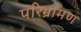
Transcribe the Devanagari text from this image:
परिभ्रामण